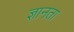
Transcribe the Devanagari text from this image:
ज्ञानता